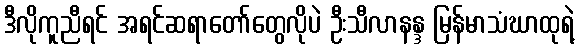
ဒီလိုကူညီရင် အရင်ဆရာတော်တွေလိုပဲ ဦးသီလာနန္ဒ မြန်မာသံဃာထုရဲ့